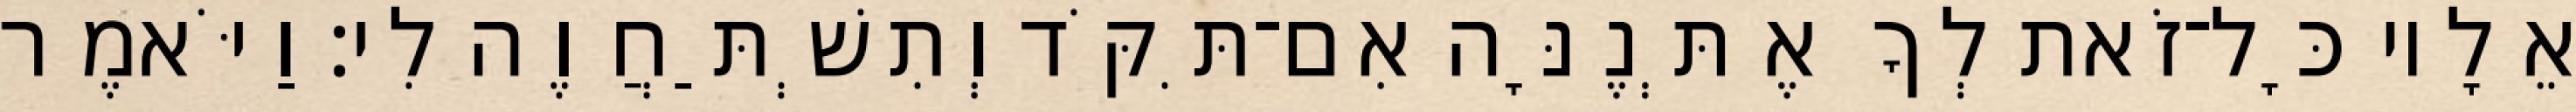
אֵלָיו כָּל־זֹאת לְךָ אֶתְּנֶנָּה אִם־תִּקֹּד וְתִשְׁתַּחֲוֶה לִי׃ וַיֹּאמֶר